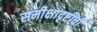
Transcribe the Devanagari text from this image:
समीक्षादृष्टीची